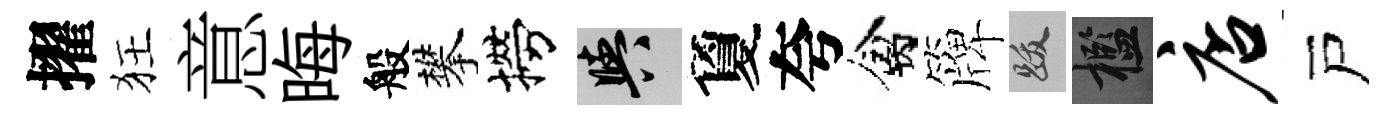
擢狂意晦般攀撈阳夐夸禽簰跋檻店戸